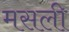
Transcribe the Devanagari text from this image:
मसली